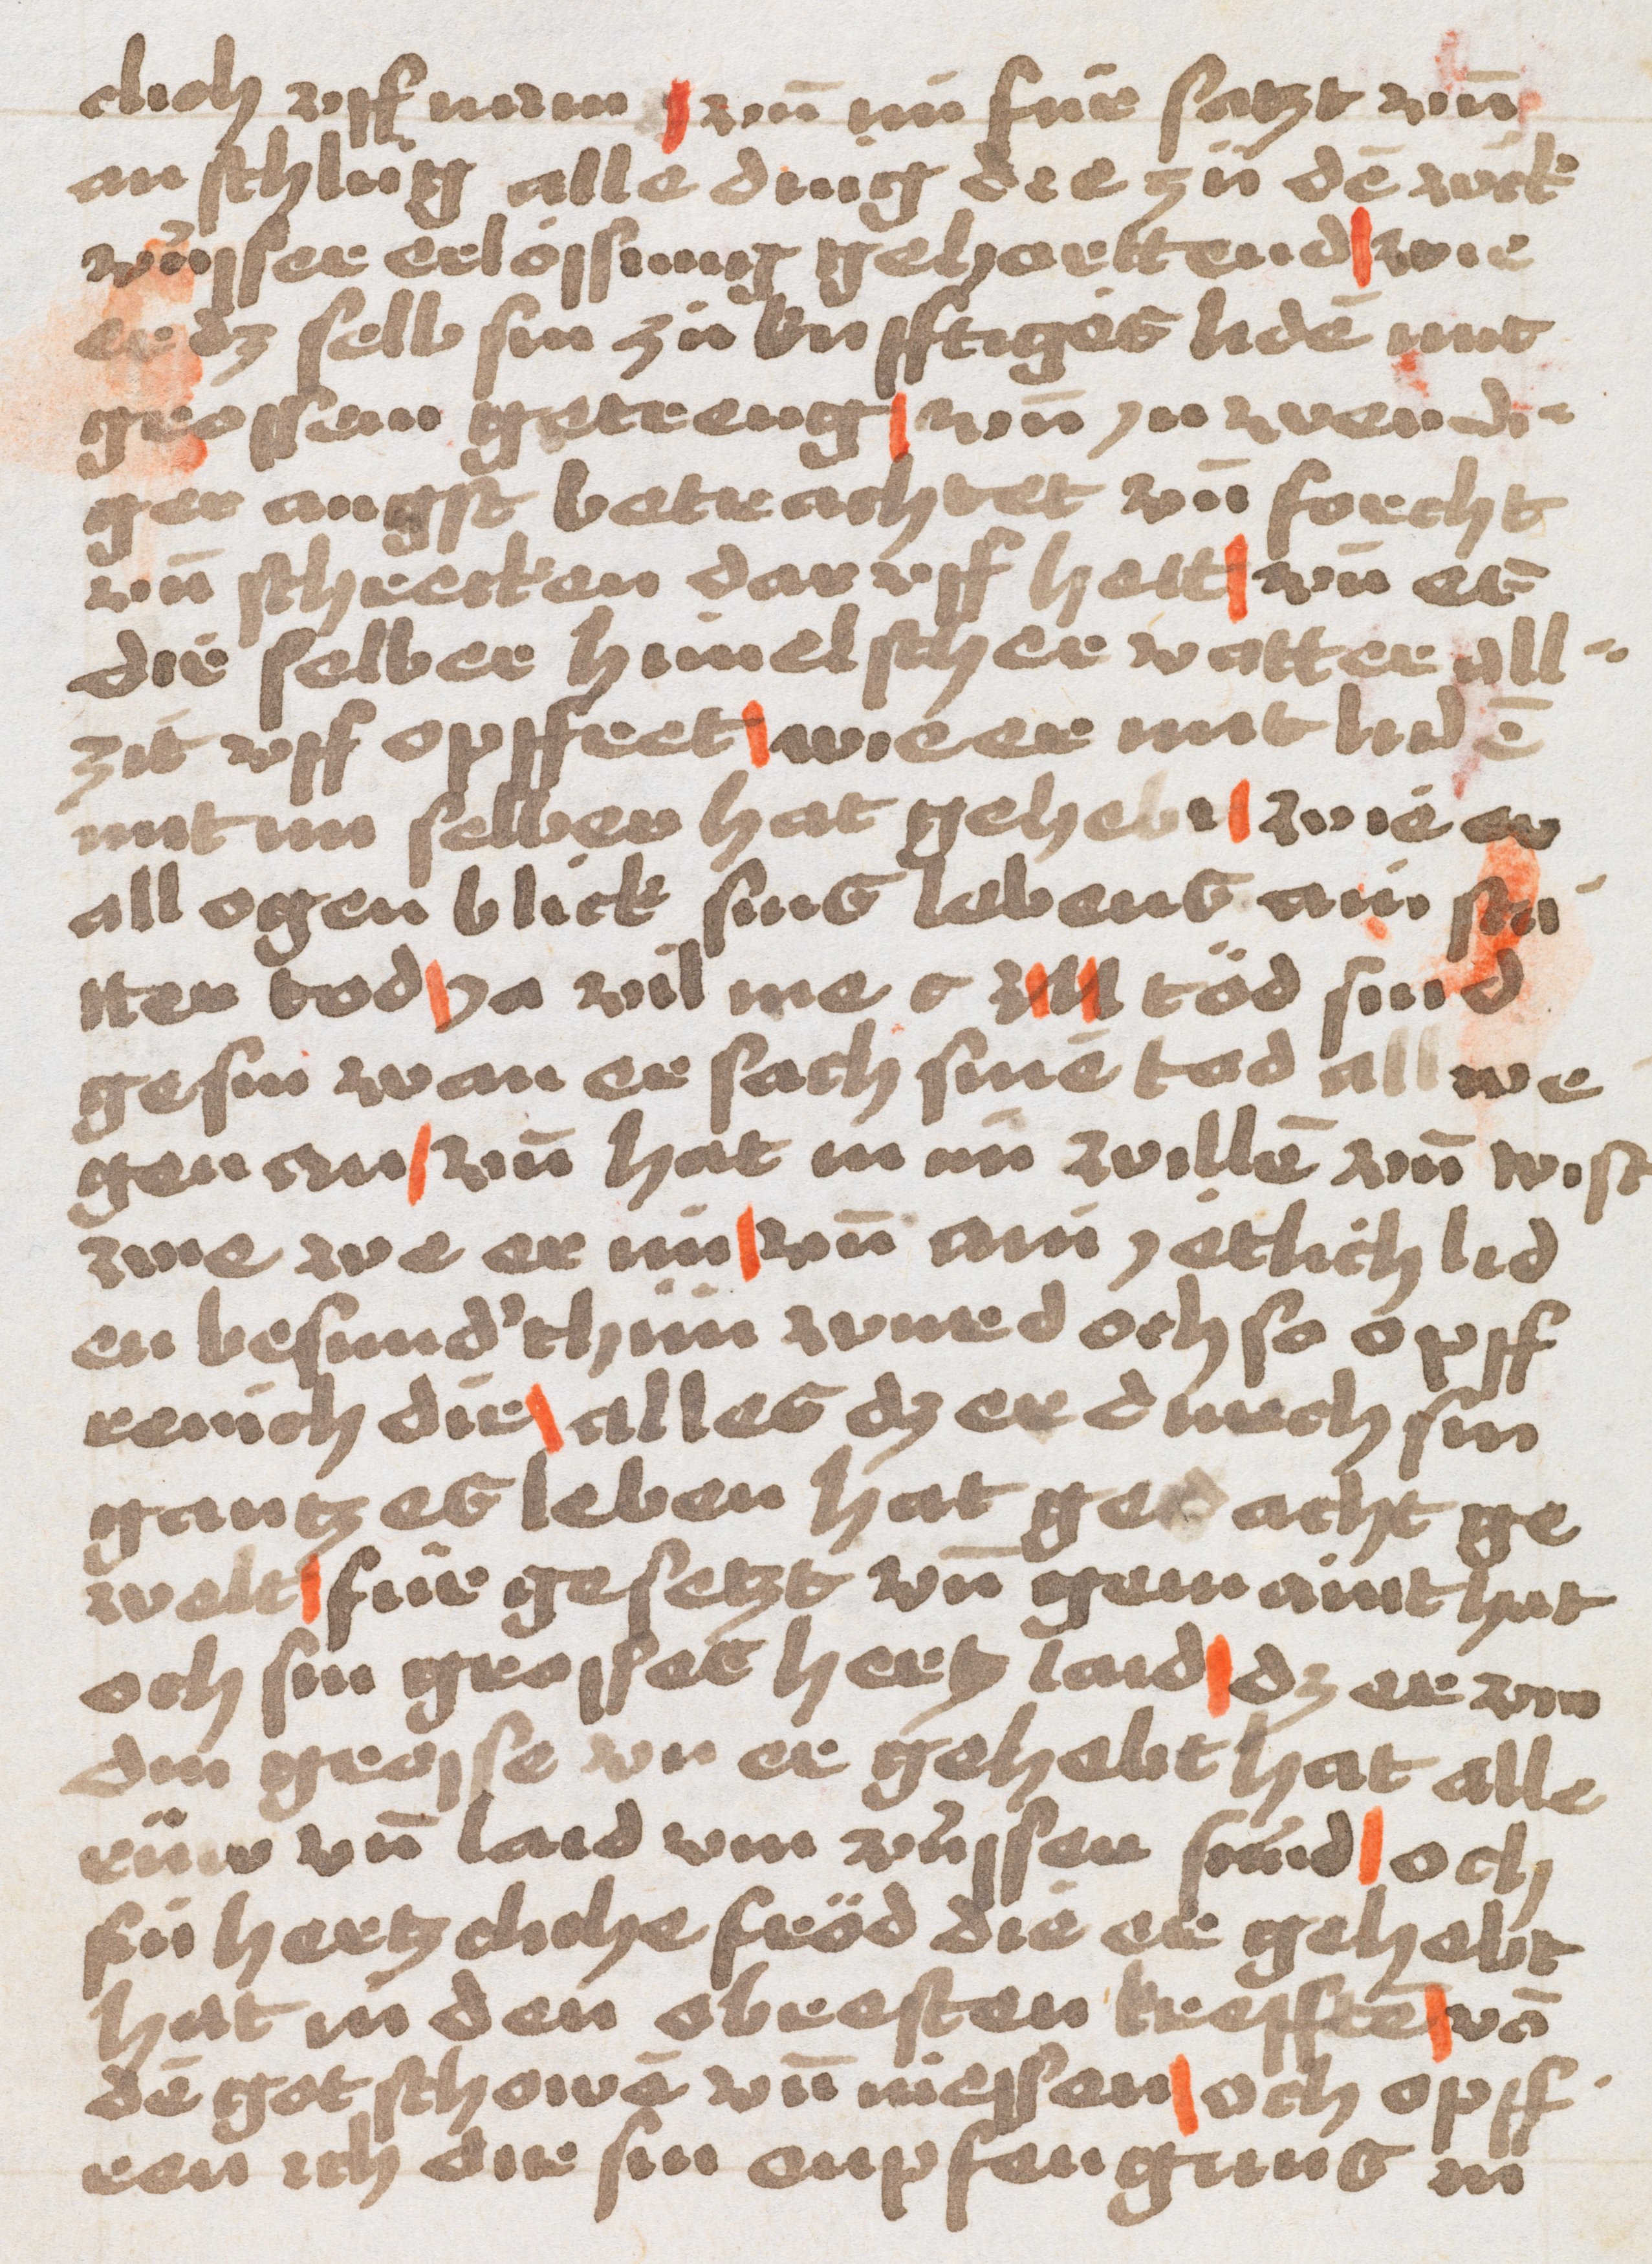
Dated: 1500–1524